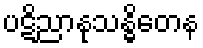
ပဋိညာနုသန္ဓိတေန